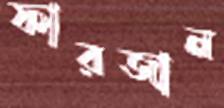
ফারজান